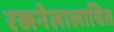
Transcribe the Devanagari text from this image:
रखनेलालायित